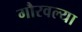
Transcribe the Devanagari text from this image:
गौरवल्या